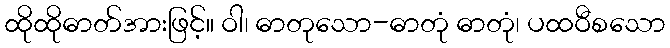
ထိုထိုဓာတ်အားဖြင့်။ ဝါ၊ ဓာတုသော-ဓာတုံ ဓာတုံ၊ ပထဝီစသော